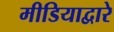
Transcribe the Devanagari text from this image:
मीडियाद्वारे